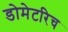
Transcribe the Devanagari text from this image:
डोमेटरिच